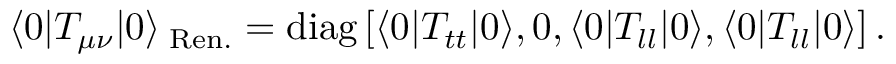
\langle 0 | T _ { \mu \nu } | 0 \rangle _ { \mathrm { \tiny ~ R e n . } } = \mathrm { d i a g } \left[ \langle 0 | T _ { t t } | 0 \rangle , 0 , \langle 0 | T _ { l l } | 0 \rangle , \langle 0 | T _ { l l } | 0 \rangle \right] .